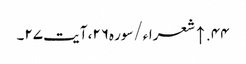
۴۴. ↑ شعراء/سوره۲۶، آیت ۲۷۔